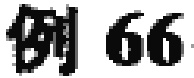
例 66